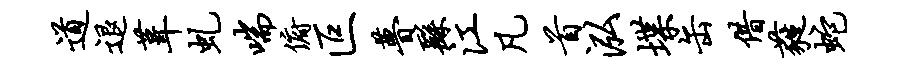
道退葺虬喘俯叵瞢繇江凡首泓堞缶借蕤蛇